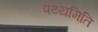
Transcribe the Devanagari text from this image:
पथ्यमिति